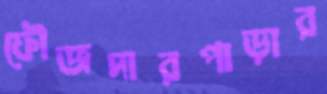
ফৌজদারপাড়ার